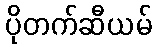
ပိုတက်ဆီယမ်